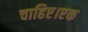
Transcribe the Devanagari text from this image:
चाहिए।एक